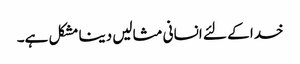
خدا کے لئے انسانی مثالیں دینا مشکل ہے۔